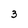
Character: 3